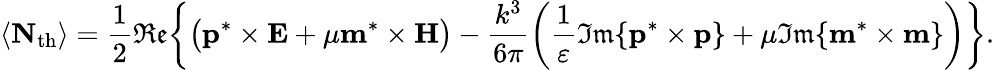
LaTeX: \langle\mathbf{N}_{\mathrm{th}}\rangle=\frac{1}{2}\mathfrak{Re}\bigg\{ \big(\mathbf{p}^{*}\times\mathbf{E}+\mu\mathbf{m}^{*}\times\mathbf{H}\big)-\frac{k^{3}}{6\pi}\bigg(\frac{1}{\varepsilon}\mathfrak{Im}\{ \mathbf{p}^{*}\times\mathbf{p}\} +\mu\mathfrak{Im}\{ \mathbf{m}^{*}\times\mathbf{m}\} \bigg)\bigg\} .